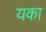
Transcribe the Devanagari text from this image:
यका